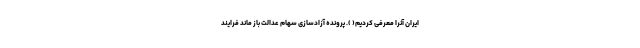
ایران آنرا معرفی کردیم( ). پرونده آزادسازی سهام عدالت باز ماند فرایند